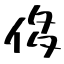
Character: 侈